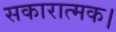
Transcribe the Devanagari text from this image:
सकारात्मक।